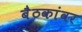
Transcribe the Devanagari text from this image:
बैठकांवर